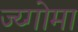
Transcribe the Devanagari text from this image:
ज्य्गोमा